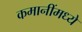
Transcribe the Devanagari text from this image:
कमानींमध्ये